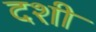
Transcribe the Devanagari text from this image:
दशी